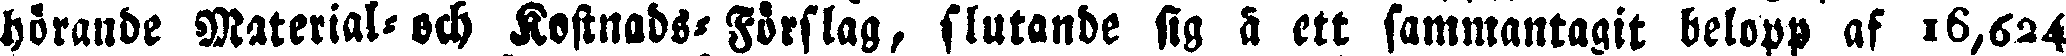
hörande Material-och Kostnads-Förslag, slutande sig a ett sammantagit belopp af 16,624